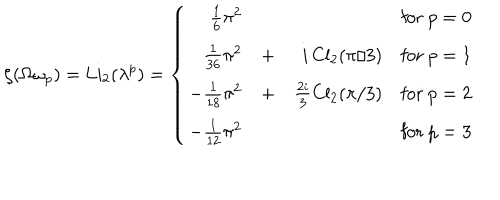
\zeta ( \Omega \omega _ { p } ) = \mathrm { L i } _ { 2 } ( \lambda ^ { p } ) = \left\{ \begin{array} { r r r r } { { \frac 1 6 \pi ^ { 2 } } } & { { } } & { { } } & { { \mathrm { f o r ~ } p = 0 } } \\ { { \frac 1 { 3 6 } \pi ^ { 2 } } } & { { + } } & { { i \, \mathrm { C l } _ { 2 } ( \pi / 3 ) } } & { { \mathrm { f o r ~ } p = 1 } } \\ { { - \frac 1 { 1 8 } \pi ^ { 2 } } } & { { + } } & { { \frac { 2 i } { 3 } \mathrm { C l } _ { 2 } ( \pi / 3 ) } } & { { \mathrm { f o r ~ } p = 2 } } \\ { { - \frac 1 { 1 2 } \pi ^ { 2 } } } & { { } } & { { } } & { { \mathrm { f o r ~ } p = 3 } } \\ \end{array} \right.